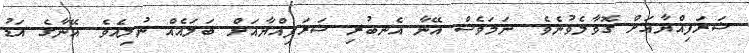
ޝަރަފިއްޔާއަށް ގޮވާލެވުނެވެ. ނަމަވެސް އޭނާ އެނބުރި ޝަރަފިއްޔާއަށް ބަލައެއް ނުލިއެވެ. އޭނާގެ އަޑު